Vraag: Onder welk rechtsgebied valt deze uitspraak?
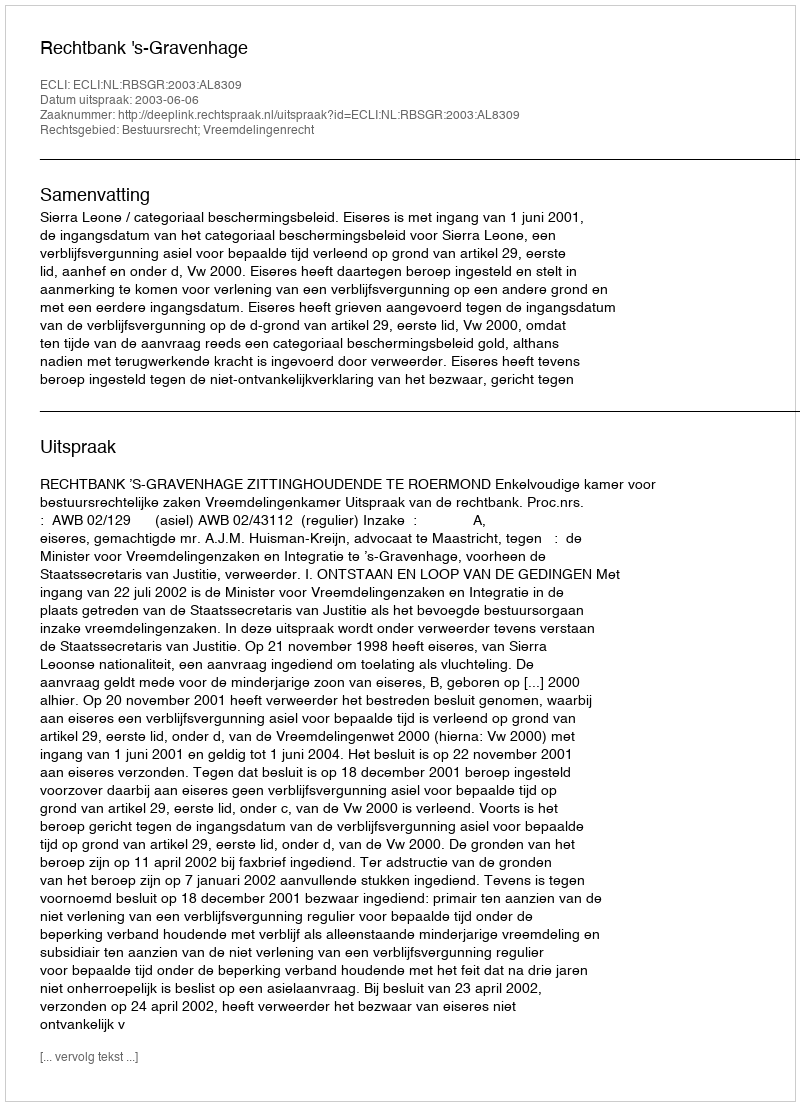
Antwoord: Bestuursrecht; Vreemdelingenrecht